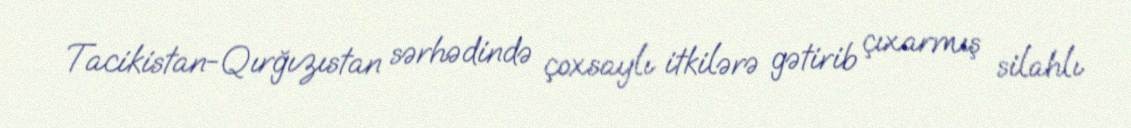
Tacikistan-Qırğızıstan sərhədində çoxsaylı itkilərə gətirib çıxarmış silahlı